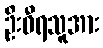
ဦးဝီရသူအား